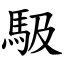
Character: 馺